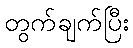
တွက်ချက်ပြီး